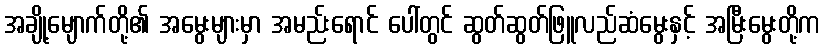
အချို့မျောက်တို့၏ အမွေးများမှာ အမည်းရောင် ပေါ်တွင် ဆွတ်ဆွတ်ဖြူလည်ဆံမွေးနှင့် အမြီးမွေးတို့က